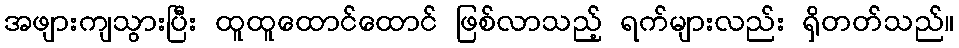
အဖျားကျသွားပြီး ထူထူထောင်ထောင် ဖြစ်လာသည့် ရက်များလည်း ရှိတတ်သည်။